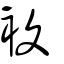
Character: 複